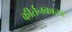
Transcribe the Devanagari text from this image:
कीर्तनकारच